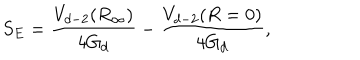
LaTeX: S _ { E } = \frac { V _ { d - 2 } ( R _ { \infty } ) } { 4 G _ { d } } - \frac { V _ { d - 2 } ( R = 0 ) } { 4 G _ { d } } ,